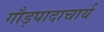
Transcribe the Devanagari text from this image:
गौड़पादाचार्य